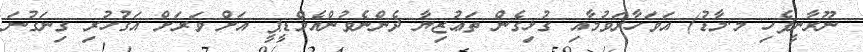
ނޫރާނީފެހި މ.މާޑު) އަވަހާރަވުމާއި ގުޅިގެން ތަޢުޒިޔާ ދެންނެވުންއެމްޑީޕީ އަށް ވަރަށް އަގުހުރި ގިނަގުނަ